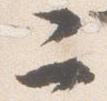
二